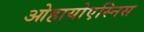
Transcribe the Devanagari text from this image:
ओहायोएस्निस